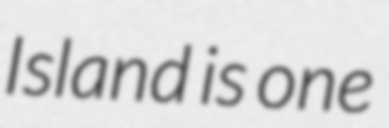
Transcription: Island is one